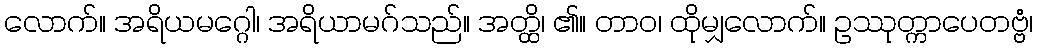
လောက်။ အရိယမဂ္ဂေါ၊ အရိယာမဂ်သည်။ အတ္ထိ၊ ၏။ တာဝ၊ ထိုမျှလောက်။ ဥဿုတ္ကာပေတဗ္ဗံ၊